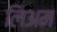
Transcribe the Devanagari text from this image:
लिअम